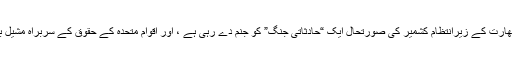
جینیوا: وزیر خارجہ شاہ محمود قریشی نے متنبہ کیا ہے کہ بھارت کے زیرانتظام کشمیر کی صورتحال ایک “حادثاتی جنگ” کو جنم دے رہی ہے ، اور اقوام متحدہ کے حقوق کے سربراہ مشیل بیچلیٹ نے شورش زدہ خطے کا دورہ کرنے کی اپیل کی ہے۔